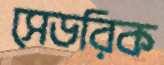
সেডরিক